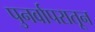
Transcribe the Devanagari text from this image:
पुनर्वापरातून